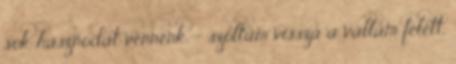
sok hasznodat vennénk. – szóltam vissza a vállam felett,